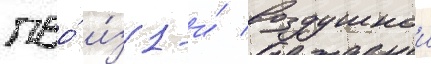
пво́ и́з 1-и́ воздушнои